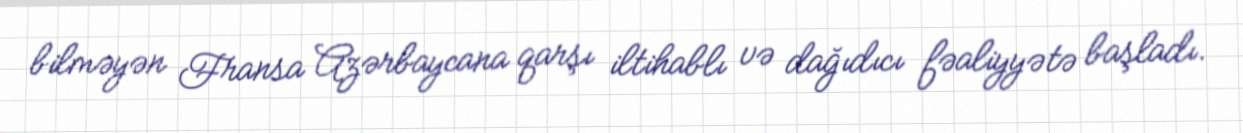
bilməyən Fransa Azərbaycana qarşı iltihablı və dağıdıcı fəaliyyətə başladı.